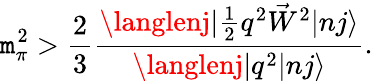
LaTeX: \mathtt{m}_{\pi}^{2}>\frac{{2}}{{3}}\frac{{\langlenj|\frac{{1}}{{2}}q^{2}\vec{{W}}^{2}|nj\rangle}}{{\langlenj|q^{2}|nj\rangle}}.